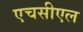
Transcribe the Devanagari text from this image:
एचसीएल